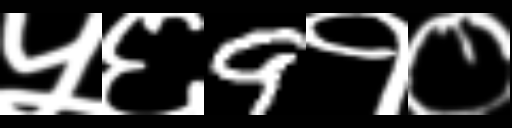
Text: ५६9१०